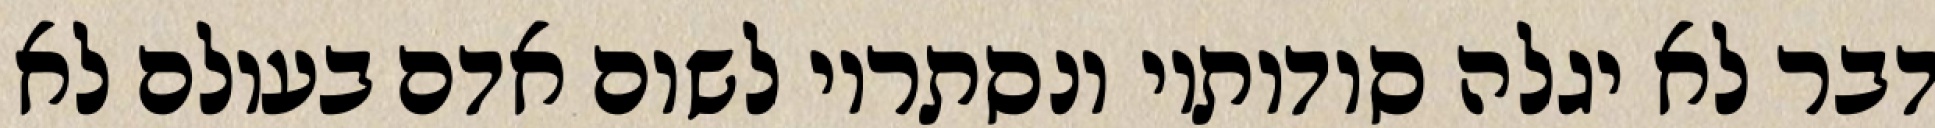
דבר לא יגלה סודותיו ונסתריו לשום אדם בעולם לא